Vaccine operations Central Provinces 1900-1911 - 1900-1911
Year: 1900
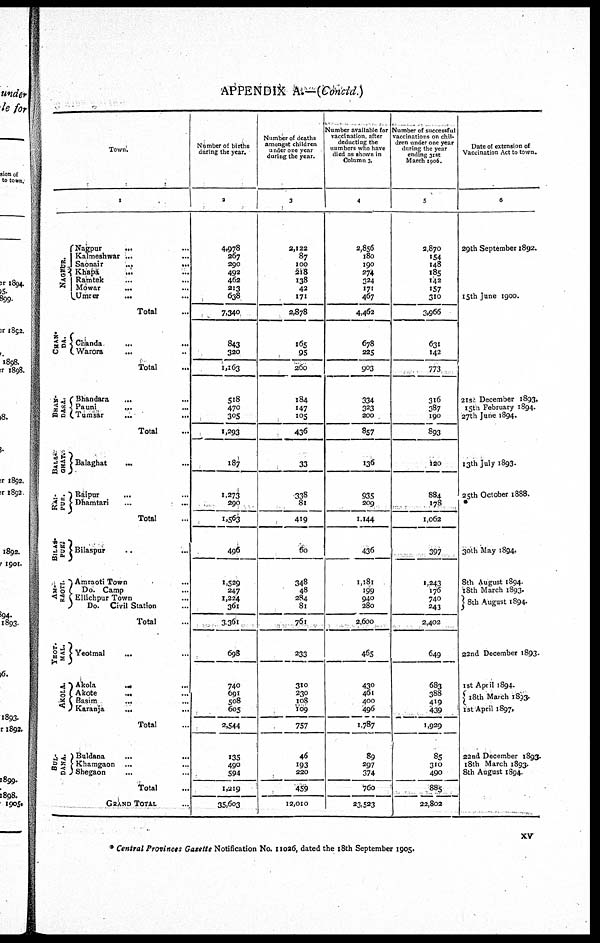
APPENDIX A.—(Concld.)
Town.
1
NAGPUR.
CHAN-
DA.
BHAN-
DARA.
BALA-
GHAT.
RAI-
PUR.
BILAS-
PUR.
AM-
RAOTI.
YEOT-
MAL.
AKOLA.
BUL-
DANA.
Nagpur ... ...
Kalmeshwar ... ...
Saonair ... ...
Khapa ... ...
Ramtek ... ...
Mowar ... ...
Umrer ... ...
Total ...
Chanda
...
...
Warora ... ...
Total ...
Bhandara ... ...
Pauni ... ...
Tumsar ... ...
Total ...
Balaghat ... ...
Raipur ... ...
Dhamtari
...
...
Total ...
Bilaspur
...
...
Amraoti Town ...
Do. Camp ...
Ellichpur Town ...
Do. Civil Station ...
Total ...
Yeotmal ... ...
Akola
...
...
Akote ... ...
Basim.
...
...
Karanja ... ...
Total ...
Buldana
...
...
Khamgaon ... ...
Shegaon ... ...
Total ...
GRAND TOTAL ...
Number of births
during the year.
2
4,978
267
290
492
462
213
638
7,340
843
320
1,163
518
470
305
1,293
187
1,273
290
1,563
496
1,529
247
1,224
361
3,361
698
740
691
508
605
2,544
135
490
594
1,219
35,603
Number of deaths
amongst children
under one year
during the year.
3
2,122
87
100
218
138
42
171
2,878
165
95
260
184
147
105
436
33
338
81
419
60
348
48
284
81
761
233
310
230
108
109
757
46
193
220
459
12,010
Number available for
vaccination, after
deducting the
numbers who have
died as shown in
Column 3.
4
2,856
180
190
274
324
171
467
4,462
678
225
903
334
323
200
857
136
935
209
1,144
436
1,181
199
940
280
2,600
465
430
461
400
496
1,787
89
297
374
760
23,523
Number of successful
vaccinations on chil-
dren under one year
during the year
ending 31st
March 1906.
5
2,870
154
148
185
142
157
310
3,966
631
142
773
316
387
190
893
120
884
178
1,062
397
1,243
176
740
243
2,402
649
683
388
419
439
1,929
85
310
490
885
22,802
Date of extension of
Vaccination Act to town.
6
29th September 1892.
15th June 1900.
21 st December 1893.
15tn February 1894.
27th June 1894.
13th July 1893.
25th October 1888.
*
30th May 1894,
8th August 1894.
18th March 1893.
8th August 1894.
22nd December 1893.
1st April 1894.
18th March 1893.
1 st April 1897,
22nd December 1893.
18th March 1893.
8th August 1894.
* Central Provinces Gazette Notification No. 11026, dated the 18th September 1905.
xv